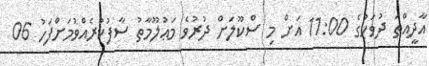
އާދީއްތަ ދުވަހުގެ 11:00 އަށް މި ސްކޫލަށް ދުރުވެ މަޢުލޫމާތު ސާފުކުރެއްވުމަށްފަހު 06